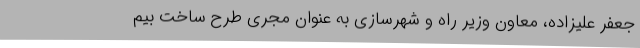
جعفر علیزاده، معاون وزیر راه و شهرسازی به عنوان مجری طرح ساخت بیم